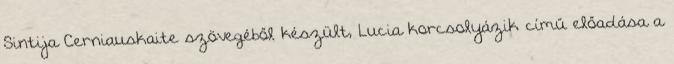
Sintija Cerniauskaite szövegéből készült, Lucia korcsolyázik című előadása a